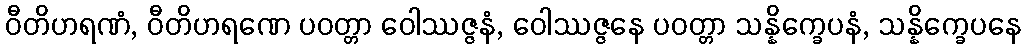
ဝီတိဟရဏံ, ဝီတိဟရဏေ ပဝတ္တာ ဝေါဿဇ္ဇနံ, ဝေါဿဇ္ဇနေ ပဝတ္တာ သန္နိက္ခေပနံ, သန္နိက္ခေပနေ